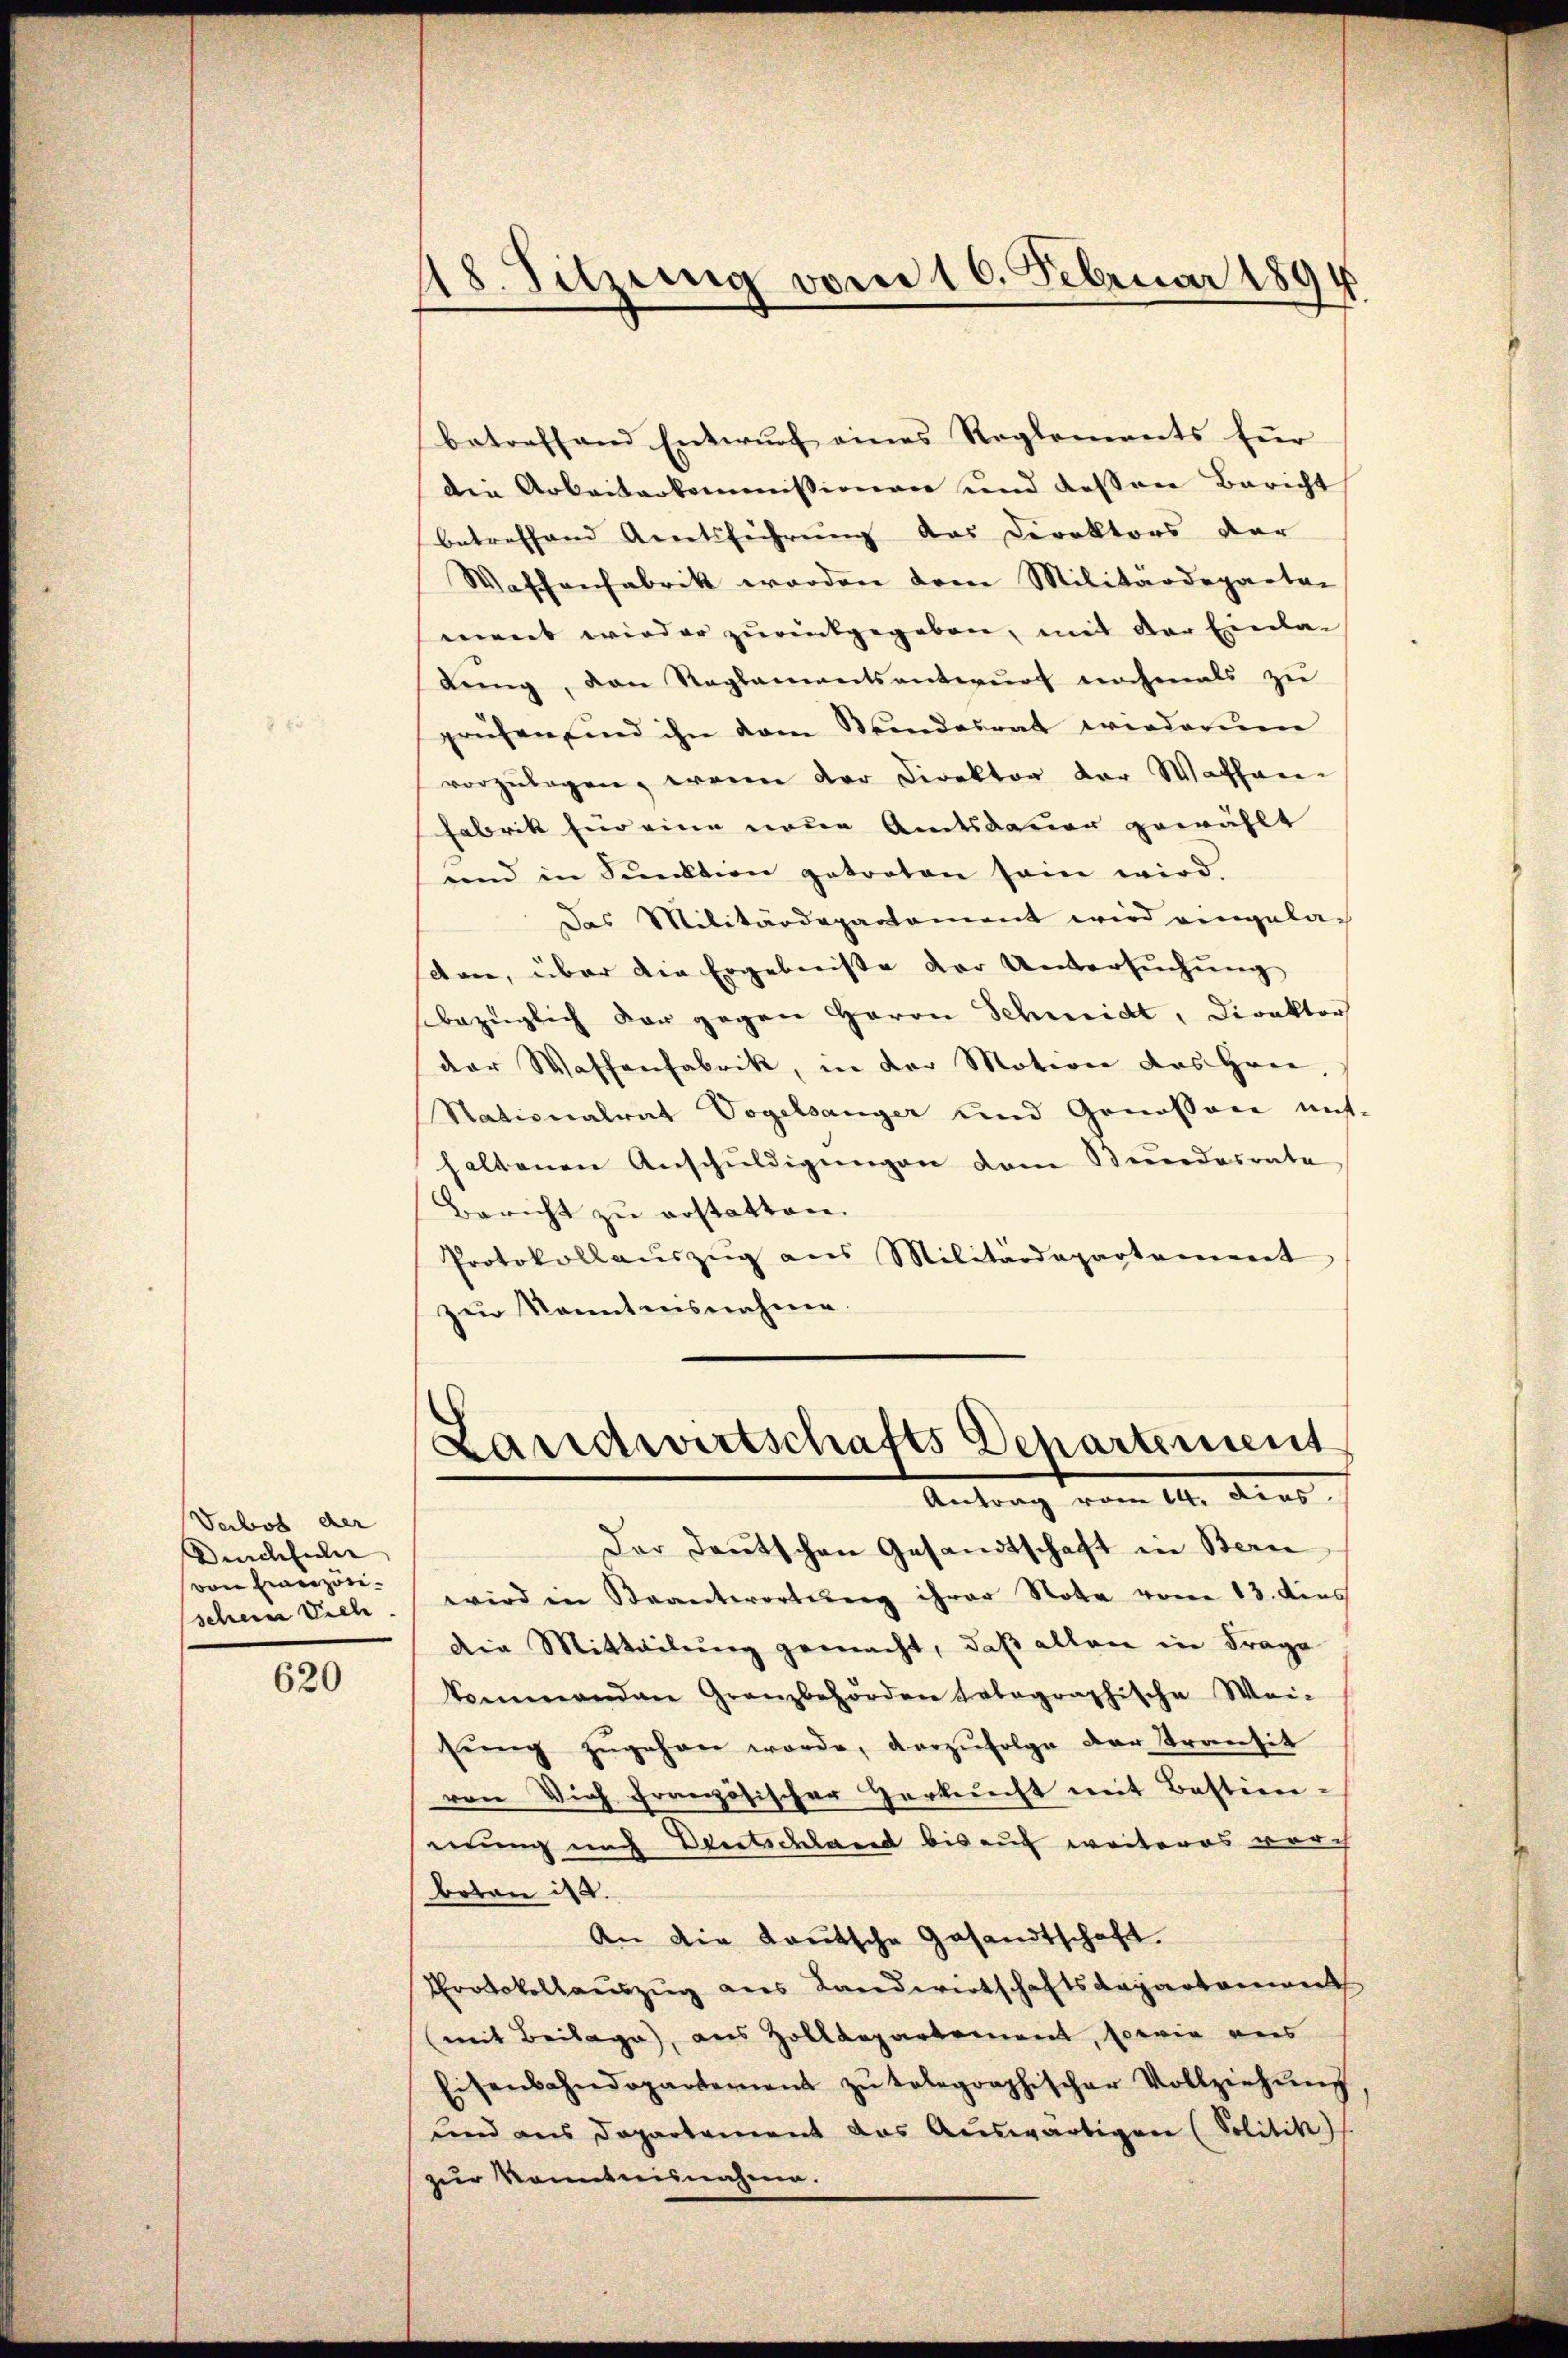
Verbot der
Dunchhale
von einerzöschen Vieh.

620

48. Sitzung vom 16. Februar 1894

betreffend Entwurf eines Reglements für
die Arbeiterkommissionen und dessen Bericht
betreffend Arnetsführung das Direktors dar
Waffenfabrik worden drei Militärdeparten
ment wieder zurückgegeben, mit der Einla-
lŭng, den Reglementsantwŭrf nochmals zŭ
prüfen sind ihn dem Stundesrat wiederum
vorzŭlegen, wenn der Direktor der Wachwei¬
Fabrik für eine neuen Amtsdauer gewählt
und in Funktion getreten sein wird
Das Militärdepartament wird eingeladon, über die Ergebnisse der Untersuchung
bezüglich der gegen Herrn Schmidt, Direktor
der Waffenfabrik, in der Motion das Hrn.
Nationalrat Vogelsanger und Genossen mit-
haltenen Anschŭldigŭngen dem Stundesrate
Bericht zu erstatten.
Protokollaŭszŭg ans Militärdepartement
zur Kenntnisnahme.

Landwirtschafts Departement
Antrag vom 14. Diens

Der Deutschen Gesandtschaft in Bern
wird in Strantwortung ihrer Note vom 13. dens
die Mitteilŭng gemacht, daß allen in Frage
kommenden Granzbehörden totagraphische Wei-
sŭng zŭgehen werde, vorzŭfolge der Transit
von Vieh französischer Herknecht mit Bestien-
mung nach Deutschland bis auf weiteres durch
boten ist.
An die Kautsche Gesandtschaft.
Protokollauszug aus Landwirtschaftsdepartament
(mit Beilage, aus Zolldepartement, sowie aus
Eisenbahndepartement zŭ telegraphischer Vollziehŭng
und aus Departement das Auswärtigen (Solitik)
zur Kenntnisnahme.